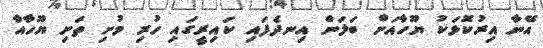
އޭނާ އިރުކޮޅަކު ޔޫހާއަށް ބަލަން އިނދެފައި ކައިރީގައި ހުރި މުށި ތަށި ޔޫހާއާ